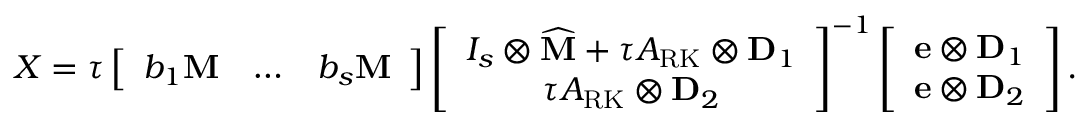
X = \tau \left[ \begin{array} { c c c } { b _ { 1 } \mathbf { M } } & { \ldots } & { b _ { s } \mathbf { M } } \end{array} \right] \left[ \begin{array} { c } { I _ { s } \otimes \widehat { \mathbf { M } } + \tau A _ { \mathrm { R K } } \otimes \mathbf { D } _ { 1 } } \\ { \tau A _ { \mathrm { R K } } \otimes \mathbf { D } _ { 2 } } \end{array} \right] ^ { - 1 } \left[ \begin{array} { c } { \mathbf { e } \otimes \mathbf { D } _ { 1 } } \\ { \mathbf { e } \otimes \mathbf { D } _ { 2 } } \end{array} \right] .